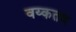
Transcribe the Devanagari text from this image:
वय्कतव